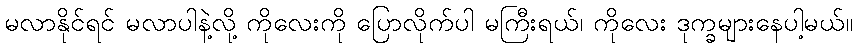
မလာနိုင်ရင် မလာပါနဲ့လို့ ကိုလေးကို ပြောလိုက်ပါ မကြီးရယ်၊ ကိုလေး ဒုက္ခများနေပါ့မယ်။